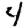
Digit: 4